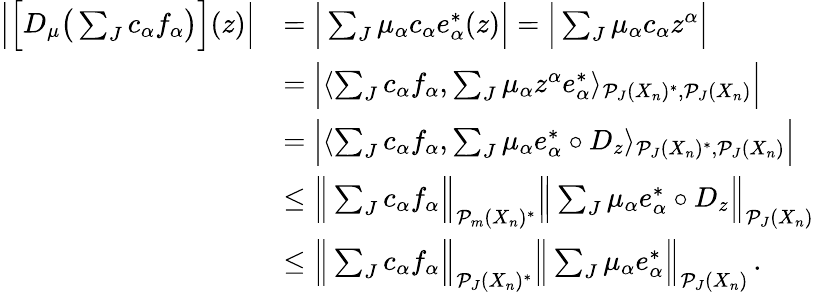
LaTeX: \begin{array}{rl}{\Big|\Big[D_{\mu}\big(\sum_{J}c_{\alpha}f_{\alpha}\big)\Big](z)\Big|}&{=\Big|\sum_{J}\mu_{\alpha}c_{\alpha}e_{\alpha}^{*}(z)\Big|=\Big|\sum_{J}\mu_{\alpha}c_{\alpha}z^{\alpha}\Big|}\\ &{=\Big|\langle\sum_{J}c_{\alpha}f_{\alpha},\sum_{J}\mu_{\alpha}z^{\alpha}e_{\alpha}^{*}\rangle_{\mathcal{P}_{J}(X_{n})^{*},\mathcal{P}_{J}(X_{n})}\Big|}\\ &{=\Big|\langle\sum_{J}c_{\alpha}f_{\alpha},\sum_{J}\mu_{\alpha}e_{\alpha}^{*}\circ D_{z}\rangle_{\mathcal{P}_{J}(X_{n})^{*},\mathcal{P}_{J}(X_{n})}\Big|}\\ &{\leq\Big\| \sum_{J}c_{\alpha}f_{\alpha}\Big\| _{\mathcal{P}_{m}(X_{n})^{*}}\Big\| \sum_{J}\mu_{\alpha}e_{\alpha}^{*}\circ D_{z}\Big\| _{\mathcal{P}_{J}(X_{n})}}\\ &{\leq\Big\| \sum_{J}c_{\alpha}f_{\alpha}\Big\| _{\mathcal{P}_{J}(X_{n})^{*}}\Big\| \sum_{J}\mu_{\alpha}e_{\alpha}^{*}\Big\| _{\mathcal{P}_{J}(X_{n})}\, .}\end{array}